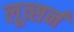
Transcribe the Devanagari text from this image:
लूत्सर्न